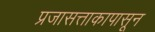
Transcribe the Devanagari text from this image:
प्रजासत्ताकापासून